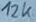
Text: 12k